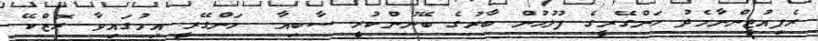
ރެފިއުޖީންނާމެދު ހަންގޭރީގެ ފުލުހުން ބާރުގެ ބޭނުންކުރީ ސާބިއާ  ހަންގޭރީ އިމުގައިވާ ރޮޒްކޭ